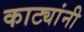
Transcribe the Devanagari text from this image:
काट्यांनी